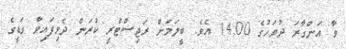
ވާ އަންގާރަ ދުވަހުގެ 14:00 އެވެ. ބީލަމަށް ރަޖިސްޓްރީ ކުރަން ދެވިފައިވާ ގަޑީގެ